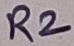
Text: R2